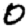
Digit: 0